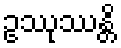
ဥဿုဿန္တိ